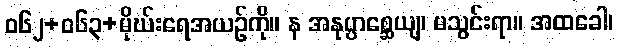
ဝ၆၂+၀၆၃+မိုဃ်းရေအယဉ်ကို။ န အနုပ္ပာစ္ဆေယျ၊ မသွင်းရာ။ အထခေါ၊